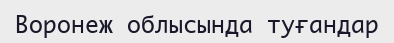
Воронеж облысында туғандар